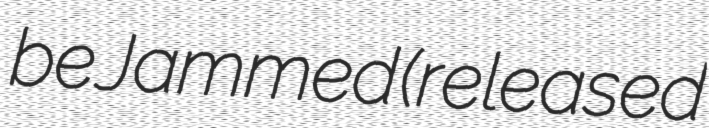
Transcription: be Jammed (released